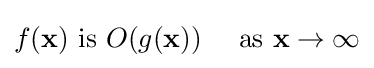
f(\mathbf {x} ){\text{ is }}O(g(\mathbf {x} ))\quad {\text{ as }}\mathbf {x} \to \infty